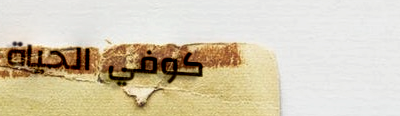
كوفي الحياة